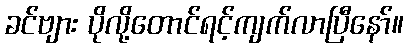
ခင်ဗျား ပိုလို့တောင်ရင့်ကျက်လာပြီနော်။